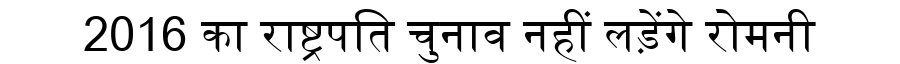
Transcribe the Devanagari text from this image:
2016 का राष्ट्रपति चुनाव नहीं लड़ेंगे रोमनी